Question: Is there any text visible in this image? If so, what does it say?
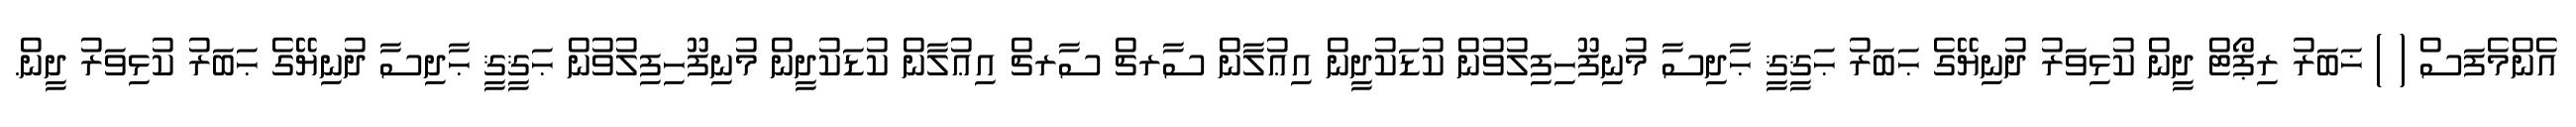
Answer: އެންމެފަސް ( ) ޚަބަރު ރިޕޯޓް ދީން ކުޅިވަރު ދުނިޔޭގެ ޙަބަރު ޙަޤީޤީ ޙާދިސާ މުނިފޫހިފިލުވުން ކުޑަކުދީން އިޢުލާން ސާރޗް ސާރޗް އިޢުލާން ކުޑަކުދީން މުނިފޫހިފިލުވުން ޙަޤީޤީ ޙާދިސާ ދުނިޔޭގެ ޙަބަރު ކުޅިވަރު ދީން.